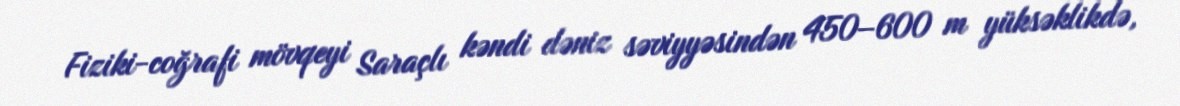
Fiziki-coğrafi mövqeyi Saraçlı kəndi dəniz səviyyəsindən 450–600 m yüksəklikdə,